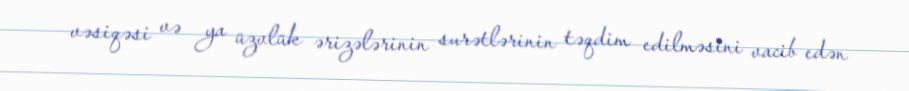
vəsiqəsi və ya üzvlük ərizələrinin surətlərinin təqdim edilməsini vacib edən